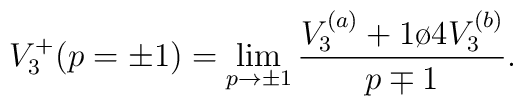
V_3^+(p=\pm1)=\displaystyle\lim_{p\to\pm 1}{V_3^{(a)}+{1\o 4}V_3^{(b)}\over{p\mp 1}}.